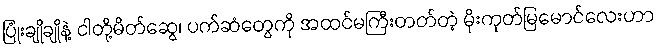
ပြုံးချိုချိုနဲ့ ငါတို့မိတ်ဆွေ၊ ပက်ဆံတွေကို အထင်မကြီးတတ်တဲ့ မိုးကုတ်မြမောင်လေးဟာ